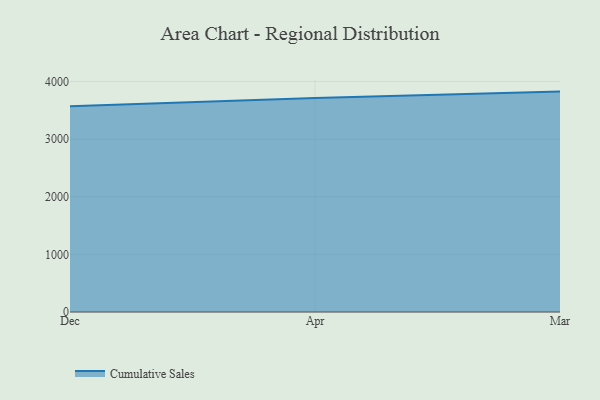
{"axis": {"x": "Month", "y": "Humidity (%)"}, "legend": ["Cumulative Sales"], "data": [{"x": "Dec", "y": 3571.5, "type": "Cumulative Sales"}, {"x": "Apr", "y": 3714.0, "type": "Cumulative Sales"}, {"x": "Mar", "y": 3825.9, "type": "Cumulative Sales"}]}